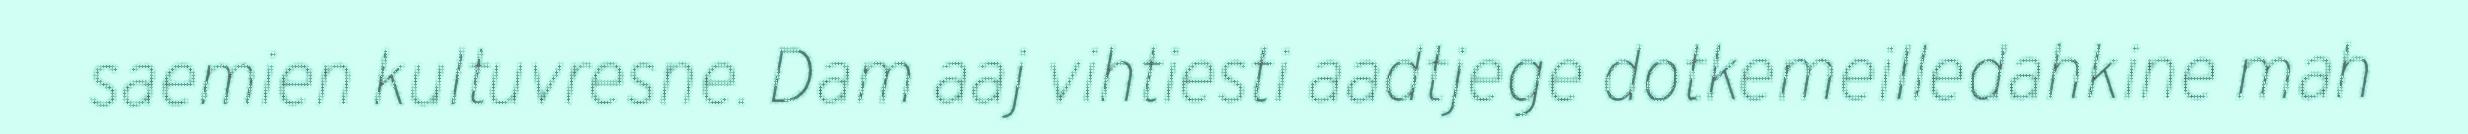
saemien kultuvresne. Dam aaj vihtiesti aadtjege dotkemeilledahkine mah